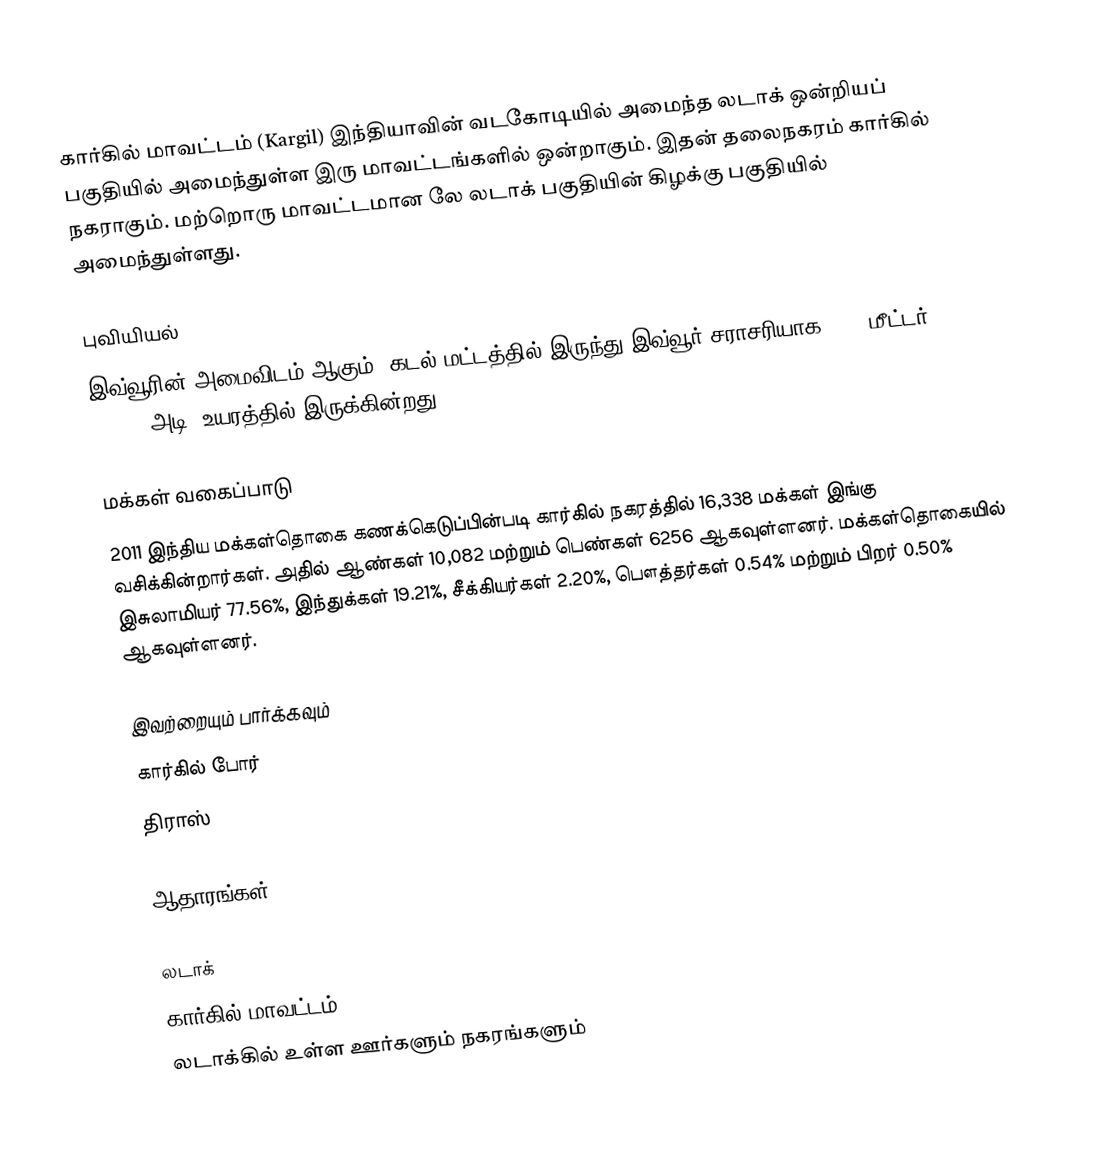
கார்கில் மாவட்டம் (Kargil) இந்தியாவின் வடகோடியில் அமைந்த லடாக் ஒன்றியப் பகுதியில் அமைந்துள்ள இரு மாவட்டங்களில் ஒன்றாகும். இதன் தலைநகரம் கார்கில்  நகராகும். மற்றொரு மாவட்டமான லே லடாக் பகுதியின் கிழக்கு பகுதியில் அமைந்துள்ளது.

புவியியல்
இவ்வூரின் அமைவிடம்  ஆகும். கடல் மட்டத்தில் இருந்து இவ்வூர் சராசரியாக 3200 மீட்டர் (10498 அடி) உயரத்தில் இருக்கின்றது.

மக்கள் வகைப்பாடு
2011 இந்திய மக்கள்தொகை கணக்கெடுப்பின்படி கார்கில் நகரத்தில் 16,338  மக்கள் இங்கு வசிக்கின்றார்கள். அதில் ஆண்கள் 10,082 மற்றும் பெண்கள் 6256 ஆகவுள்ளனர். மக்கள்தொகையில் இசுலாமியர்  77.56%, இந்துக்கள் 19.21%, சீக்கியர்கள் 2.20%, பௌத்தர்கள் 0.54%  மற்றும் பிறர் 0.50% ஆகவுள்ளனர்.

இவற்றையும் பார்க்கவும்
 கார்கில் போர்
 திராஸ்

ஆதாரங்கள்

லடாக்
கார்கில் மாவட்டம்
லடாக்கில் உள்ள ஊர்களும் நகரங்களும்